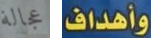
عجالة وأهداف